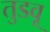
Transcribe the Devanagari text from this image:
तुडवू